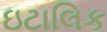
ઇટાલિક